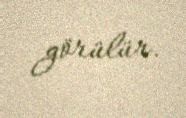
görülür.